Vaccine operations Central Provinces 1900-1911 - 1900-1911
Year: 1900
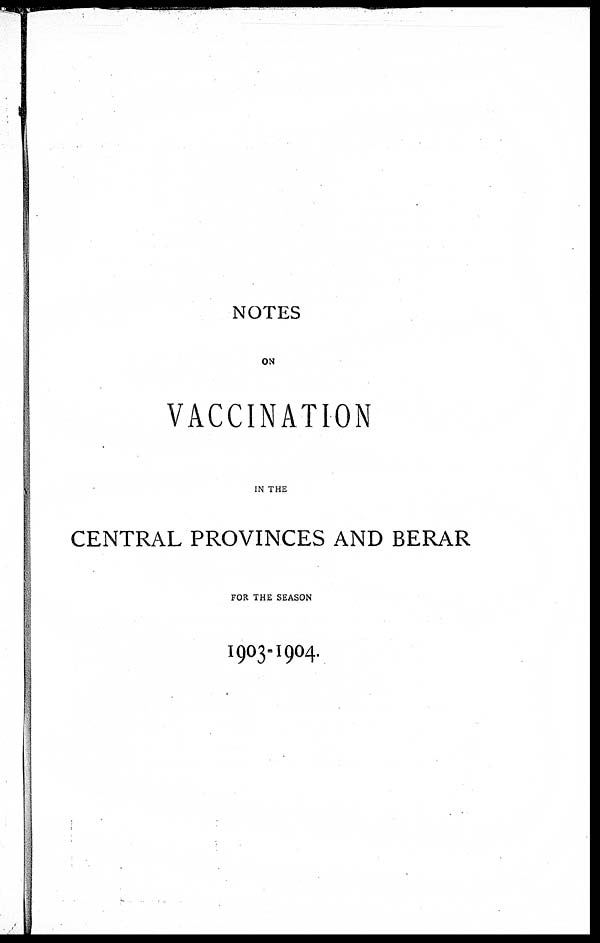
NOTES
ON
VACCINATION
IN THE
CENTRAL PROVINCES AND BERAR
FOR THE SEASON
1903-1904.